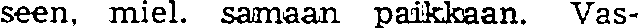
seen, miel. samaan paikkaan. Vas-